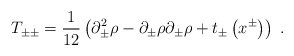
\begin{align*}T_{\pm\pm}={1\over12}\left(\partial_{\pm}^2\rho-\partial_{\pm}\rho\partial_{\pm}\rho+t_{\pm}\left(x^{\pm}\right)\right)\;.\end{align*}